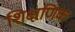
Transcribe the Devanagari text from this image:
शिक्षणिक